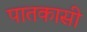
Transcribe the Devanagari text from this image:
पातकासी